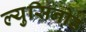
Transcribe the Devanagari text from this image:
ल्युसिनोड